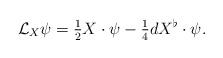
LaTeX: \begin{align*}\mathcal{L}_X\psi = \tfrac{1}{2}X\cdot \psi - \tfrac{1}{4}dX^\flat\cdot\psi.\end{align*}